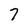
Character: 7